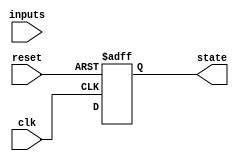
module gray_coded_state_machine (
    input wire clk,
    input wire reset,
    input wire [N-1:0] inputs,
    output reg [M-1:0] state
);

parameter N = 4; // Number of inputs
parameter M = 8; // Number of states

reg [M-1:0] next_state;

always @(posedge clk or posedge reset) begin
    if (reset) begin
        state <= 0;
    end else begin
        state <= next_state;
    end
end

always @(*) begin
    case(state)
        // Define state transitions based on gray code encoding
        // Example:
        // 3'b000: next_state = inputs[0] ? 3'b001 : 3'b000;
        // 3'b001: next_state = inputs[1] ? 3'b011 : 3'b001;
        // and so on
    endcase
end

endmodule